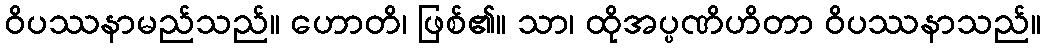
ဝိပဿနာမည်သည်။ ဟောတိ၊ ဖြစ်၏။ သာ၊ ထိုအပ္ပဏိဟိတာ ဝိပဿနာသည်။